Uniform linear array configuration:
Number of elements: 64
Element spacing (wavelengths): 0.75
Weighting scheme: binomial
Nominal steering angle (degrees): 30
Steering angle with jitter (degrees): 31.31
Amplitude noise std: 0.05
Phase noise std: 0.05

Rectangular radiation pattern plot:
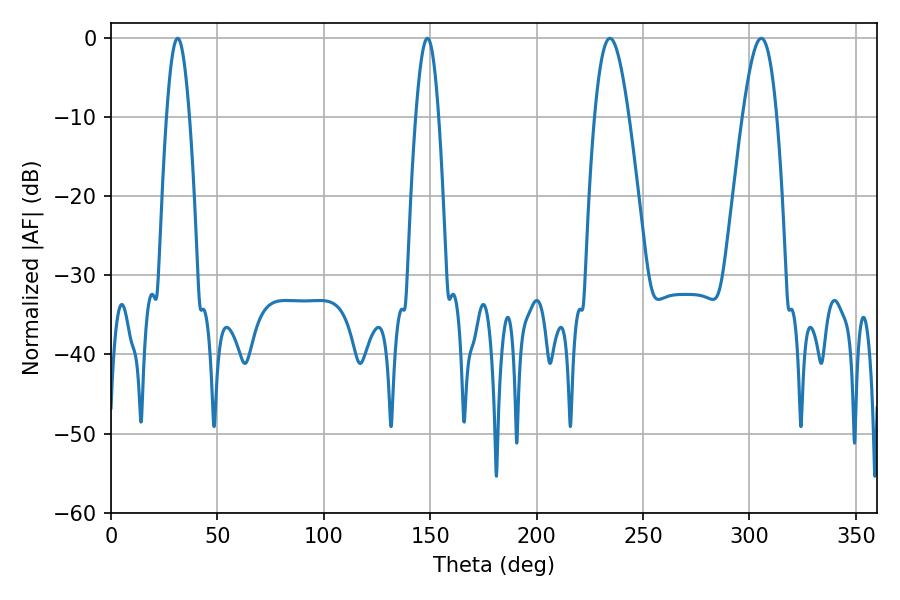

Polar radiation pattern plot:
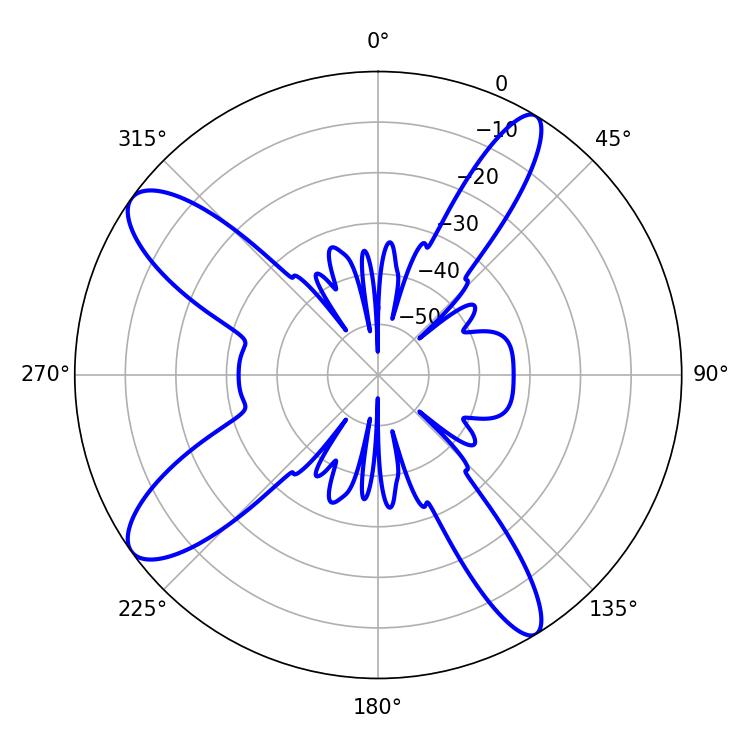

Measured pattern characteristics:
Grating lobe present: TRUE
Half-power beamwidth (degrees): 5.76
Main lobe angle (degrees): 31.32